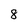
Character: 8